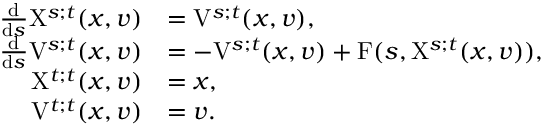
\begin{array} { r l } { \frac { \mathrm { d } } { \mathrm { d } s } \mathrm { X } ^ { s ; t } ( x , v ) } & { = \mathrm { V } ^ { s ; t } ( x , v ) , } \\ { \frac { \mathrm { d } } { \mathrm { d } s } \mathrm { V } ^ { s ; t } ( x , v ) } & { = - \mathrm { V } ^ { s ; t } ( x , v ) + \mathrm { F } ( s , \mathrm { X } ^ { s ; t } ( x , v ) ) , } \\ { \mathrm { X } ^ { t ; t } ( x , v ) } & { = x , } \\ { \mathrm { V } ^ { t ; t } ( x , v ) } & { = v . } \end{array}